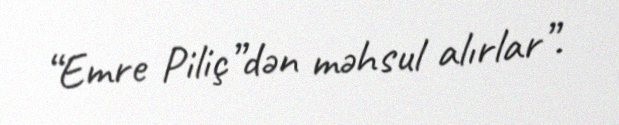
“Emre Piliç”dən məhsul alırlar”.